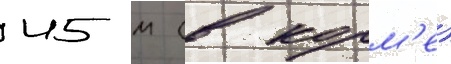
45 м (в корм'е)